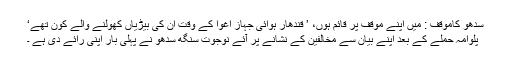
سدھو کاموقف : میں اپنے موقف پر قائم ہوں، ’ قندھار ہوائی جہاز اغوا کے وقت ان کی بیڑیاں کھولنے والے کون تھے‘
پلوامہ حملے کے بعد اپنے بیان سے مخالفین کے نشانے پر آئے نوجوت سنگھ سدھو نے پہلی بار اپنی رائے دی ہے ۔